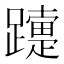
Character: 𨆫